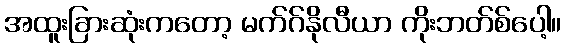
အထူးခြားဆုံးကတော့ မက်ဂ်နိုလီယာ ကိုးဘတ်စ်ပေါ့။